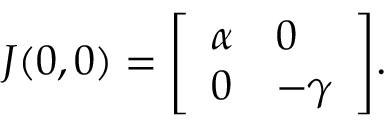
J ( 0 , 0 ) = { \left[ \begin{array} { l l } { \alpha } & { 0 } \\ { 0 } & { - \gamma } \end{array} \right] } .